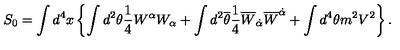
S _ { 0 } = \int d ^ { 4 } x \left\{ \int d ^ { 2 } \theta \frac { 1 } { 4 } W ^ { \alpha } W _ { \alpha } + \int d ^ { 2 } { \overline { \theta } } \frac { 1 } { 4 } { \overline { W } } _ { \dot { \alpha } } { \overline { W } } ^ { \dot { \alpha } } + \int d ^ { 4 } \theta m ^ { 2 } V ^ { 2 } \right\} .